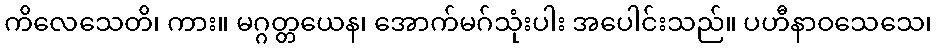
ကိလေသေတိ၊ ကား။ မဂ္ဂတ္တယေန၊ အောက်မဂ်သုံးပါး အပေါင်းသည်။ ပဟီနာဝသေသေ၊